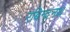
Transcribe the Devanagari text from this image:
रबिन्द्रनथ